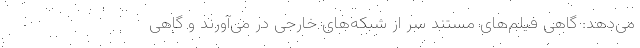
می‌دهد: گاهی فیلم‌های مستند سر از شبکه‌های خارجی در می‌آورند و گاهی